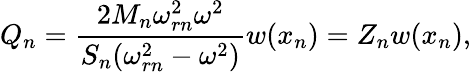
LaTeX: Q_{n}=\frac{2M_{n}\omega_{rn}^{2}\omega^{2}}{S_{n}(\omega_{rn}^{2}-\omega^{2})}w(x_{n})=Z_{n}w(x_{n}),